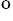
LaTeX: \mathrm{^o}